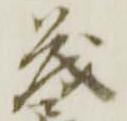
茂